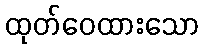
ထုတ်ဝေထားသော